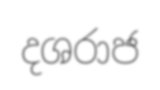
දශරාජ